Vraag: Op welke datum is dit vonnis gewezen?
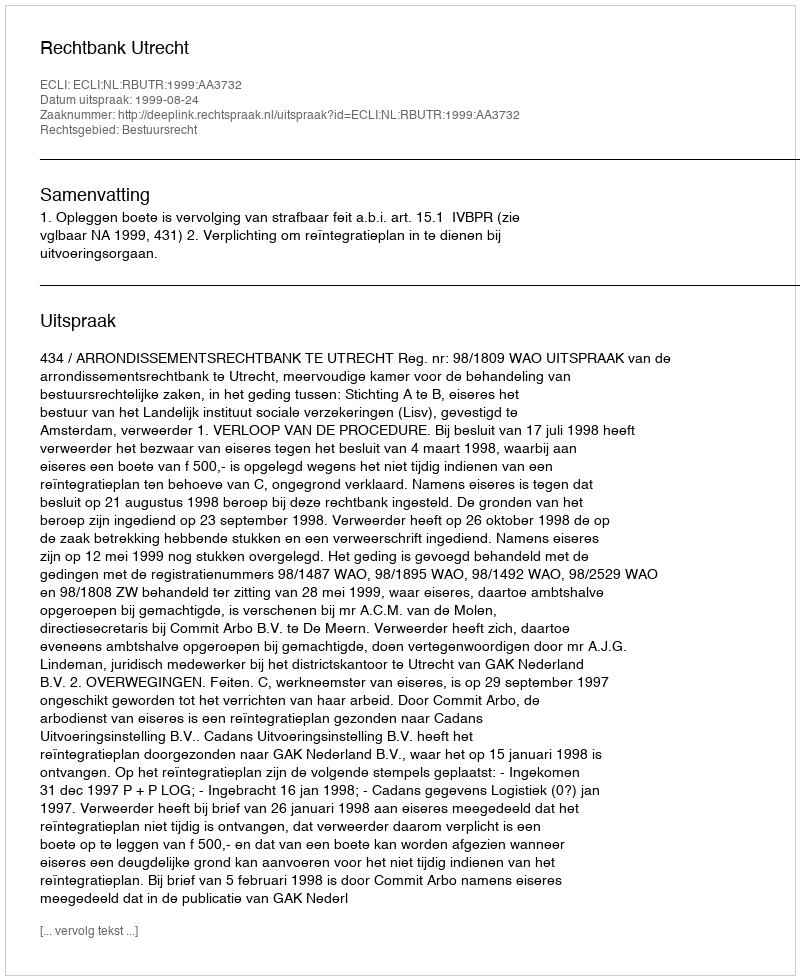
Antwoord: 1999-08-24